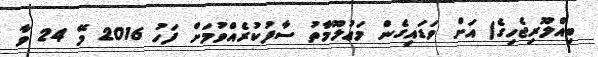
ބިއްލޫރިޖެހިގެ) އަށް ވަޑައިގެން މަޢުލޫމާތު ސާފުކުރެއްވުމަށް ފަހު 2016 މޭ 24 ވާ